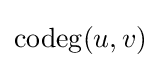
\operatorname {codeg} (u,v)